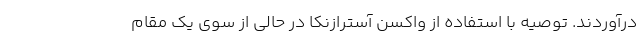
درآوردند. توصیه با استفاده از واکسن آسترازنکا در حالی از سوی یک مقام